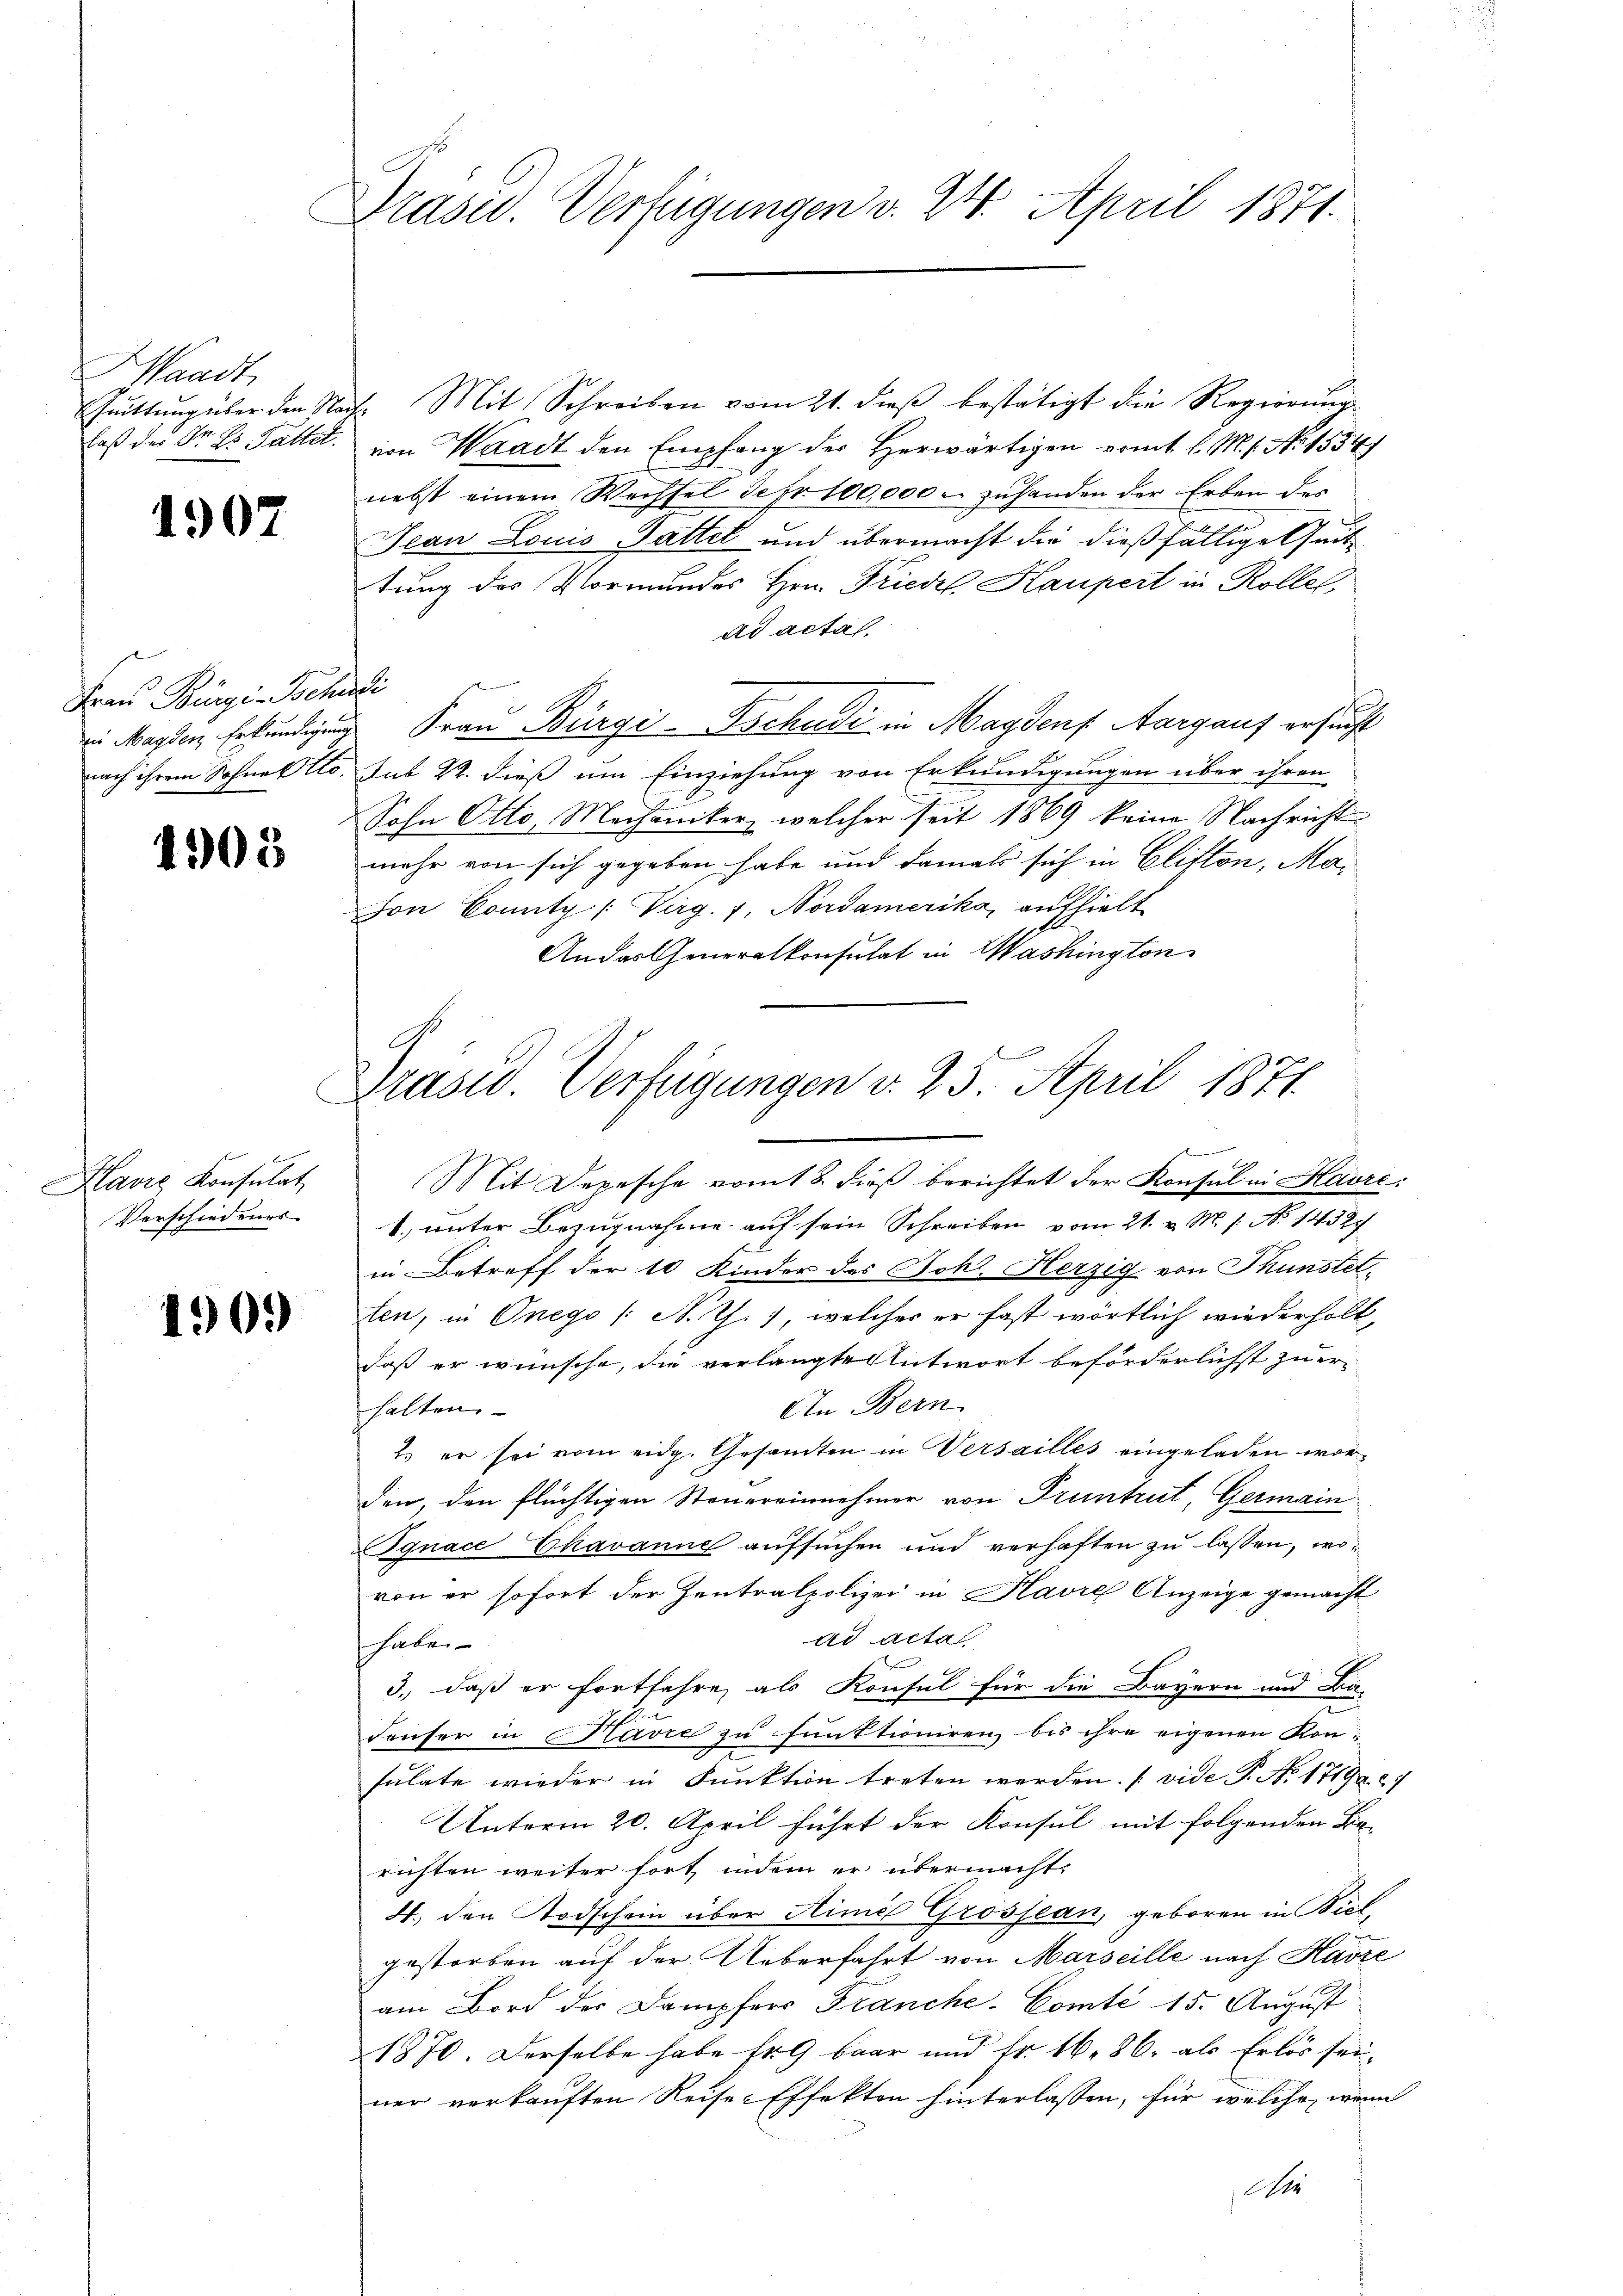
Waadt,
laß des Sr. Dr. Fallet.

1907

Frau Bürgi Beh
ii Magden Erkundigung
nach ihrem Sohnertto.

4905

Havis Konsulat
Verschiedenes

1909

Praser. Verfügungen v. 24. April 1871.

6
Präsid. Verfügungen v. 23. April 1871.

Quittung über den Nach Mit Schreiben vom 21. dieβ bestätigt die Regierung
von Waadt den Empfang der Herwärtigen vom t l. M. 1. No 1554/
nebst einem Wechsel defr. 100,000 - zuhanden der Erben des
Jean Louis Pattet und übermacht die dießfällige Zeittung des Vormundes Hrn. Friedel, Haupert in Rolle
ad actas.
iel.
Frau Bürgi Tschudi in Magdens Aargaus ersucht
sub 22. dieß um Einziehung von Erkundigungen über ihren
Sohn Otto, Mechaniker, welcher seit 1869 keine Nachricht
mehr von sich gegeben habe und damals sich in Clifton, Mo¬
Hon County / Virg. 7. Nordamerika, aufhielt
Andas Generalkonsulat in Washington
ich diesen
Mit Depesche vom 18. dieβ berichtet der Konsul in Havre:
1. unter Bezugnahme auf sein Schreiben vom 21. v. M. s. N. 1458/
in Betreff der 10 Kinder des Joh. Herzig von Thunstetten, in Onego /A. T.), welches er fast wörtlich wiederholt,
daß er wünsche, die verlangte Antwort beförderlichst zu er-
An Bern
halten.
2. er sei vom eidg. Gesandten in Versailles eingeladen worden, den flüchtigen Steuereinnehmer von Truntrut, Germain
gnace Chavanne aufsuchen und verhaften zu lassen, wovon er sofort der Zentralpolizei in Havre Anzeige gemacht
ad acta
habe.
3., daß er fortfahre, als Konsul für die Bayern und Ba-
.
Feuser in Havre zu funktioniren bis ihre eigenen Kon-
sulate wieder in Punktion treten werden. (vide P. Nr. 1719. 27
Unterm 20. April führt der Konsul mit folgenden Berichten weiter fort, indem er übermacht.
4. den Todschein über Minis Grossean, geboren in Biel,
gestorben auf der Ueberfahrt von Marseille nach Harze
am Bord der Dampfers Franche- Comte 15. August
1870. Derselbe habe fr 9 baar und Fr. 16. 86. als Erlös seiner verkauften Reise-Effekten hinterlassen, für welche, wenn
Air